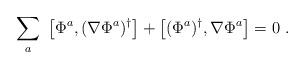
LaTeX: \begin{align*}\sum_a\ \left[ \Phi^a, (\nabla\Phi^a)^\dag \right] +\left[ (\Phi^a)^\dag, \nabla\Phi^a \right] = 0\ .\end{align*}